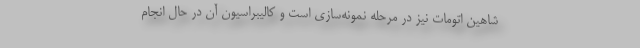
شاهين اتومات نیز در مرحله نمونه‌سازی است و كاليبراسيون آن در حال انجام